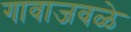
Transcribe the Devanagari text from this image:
गावाजवळे